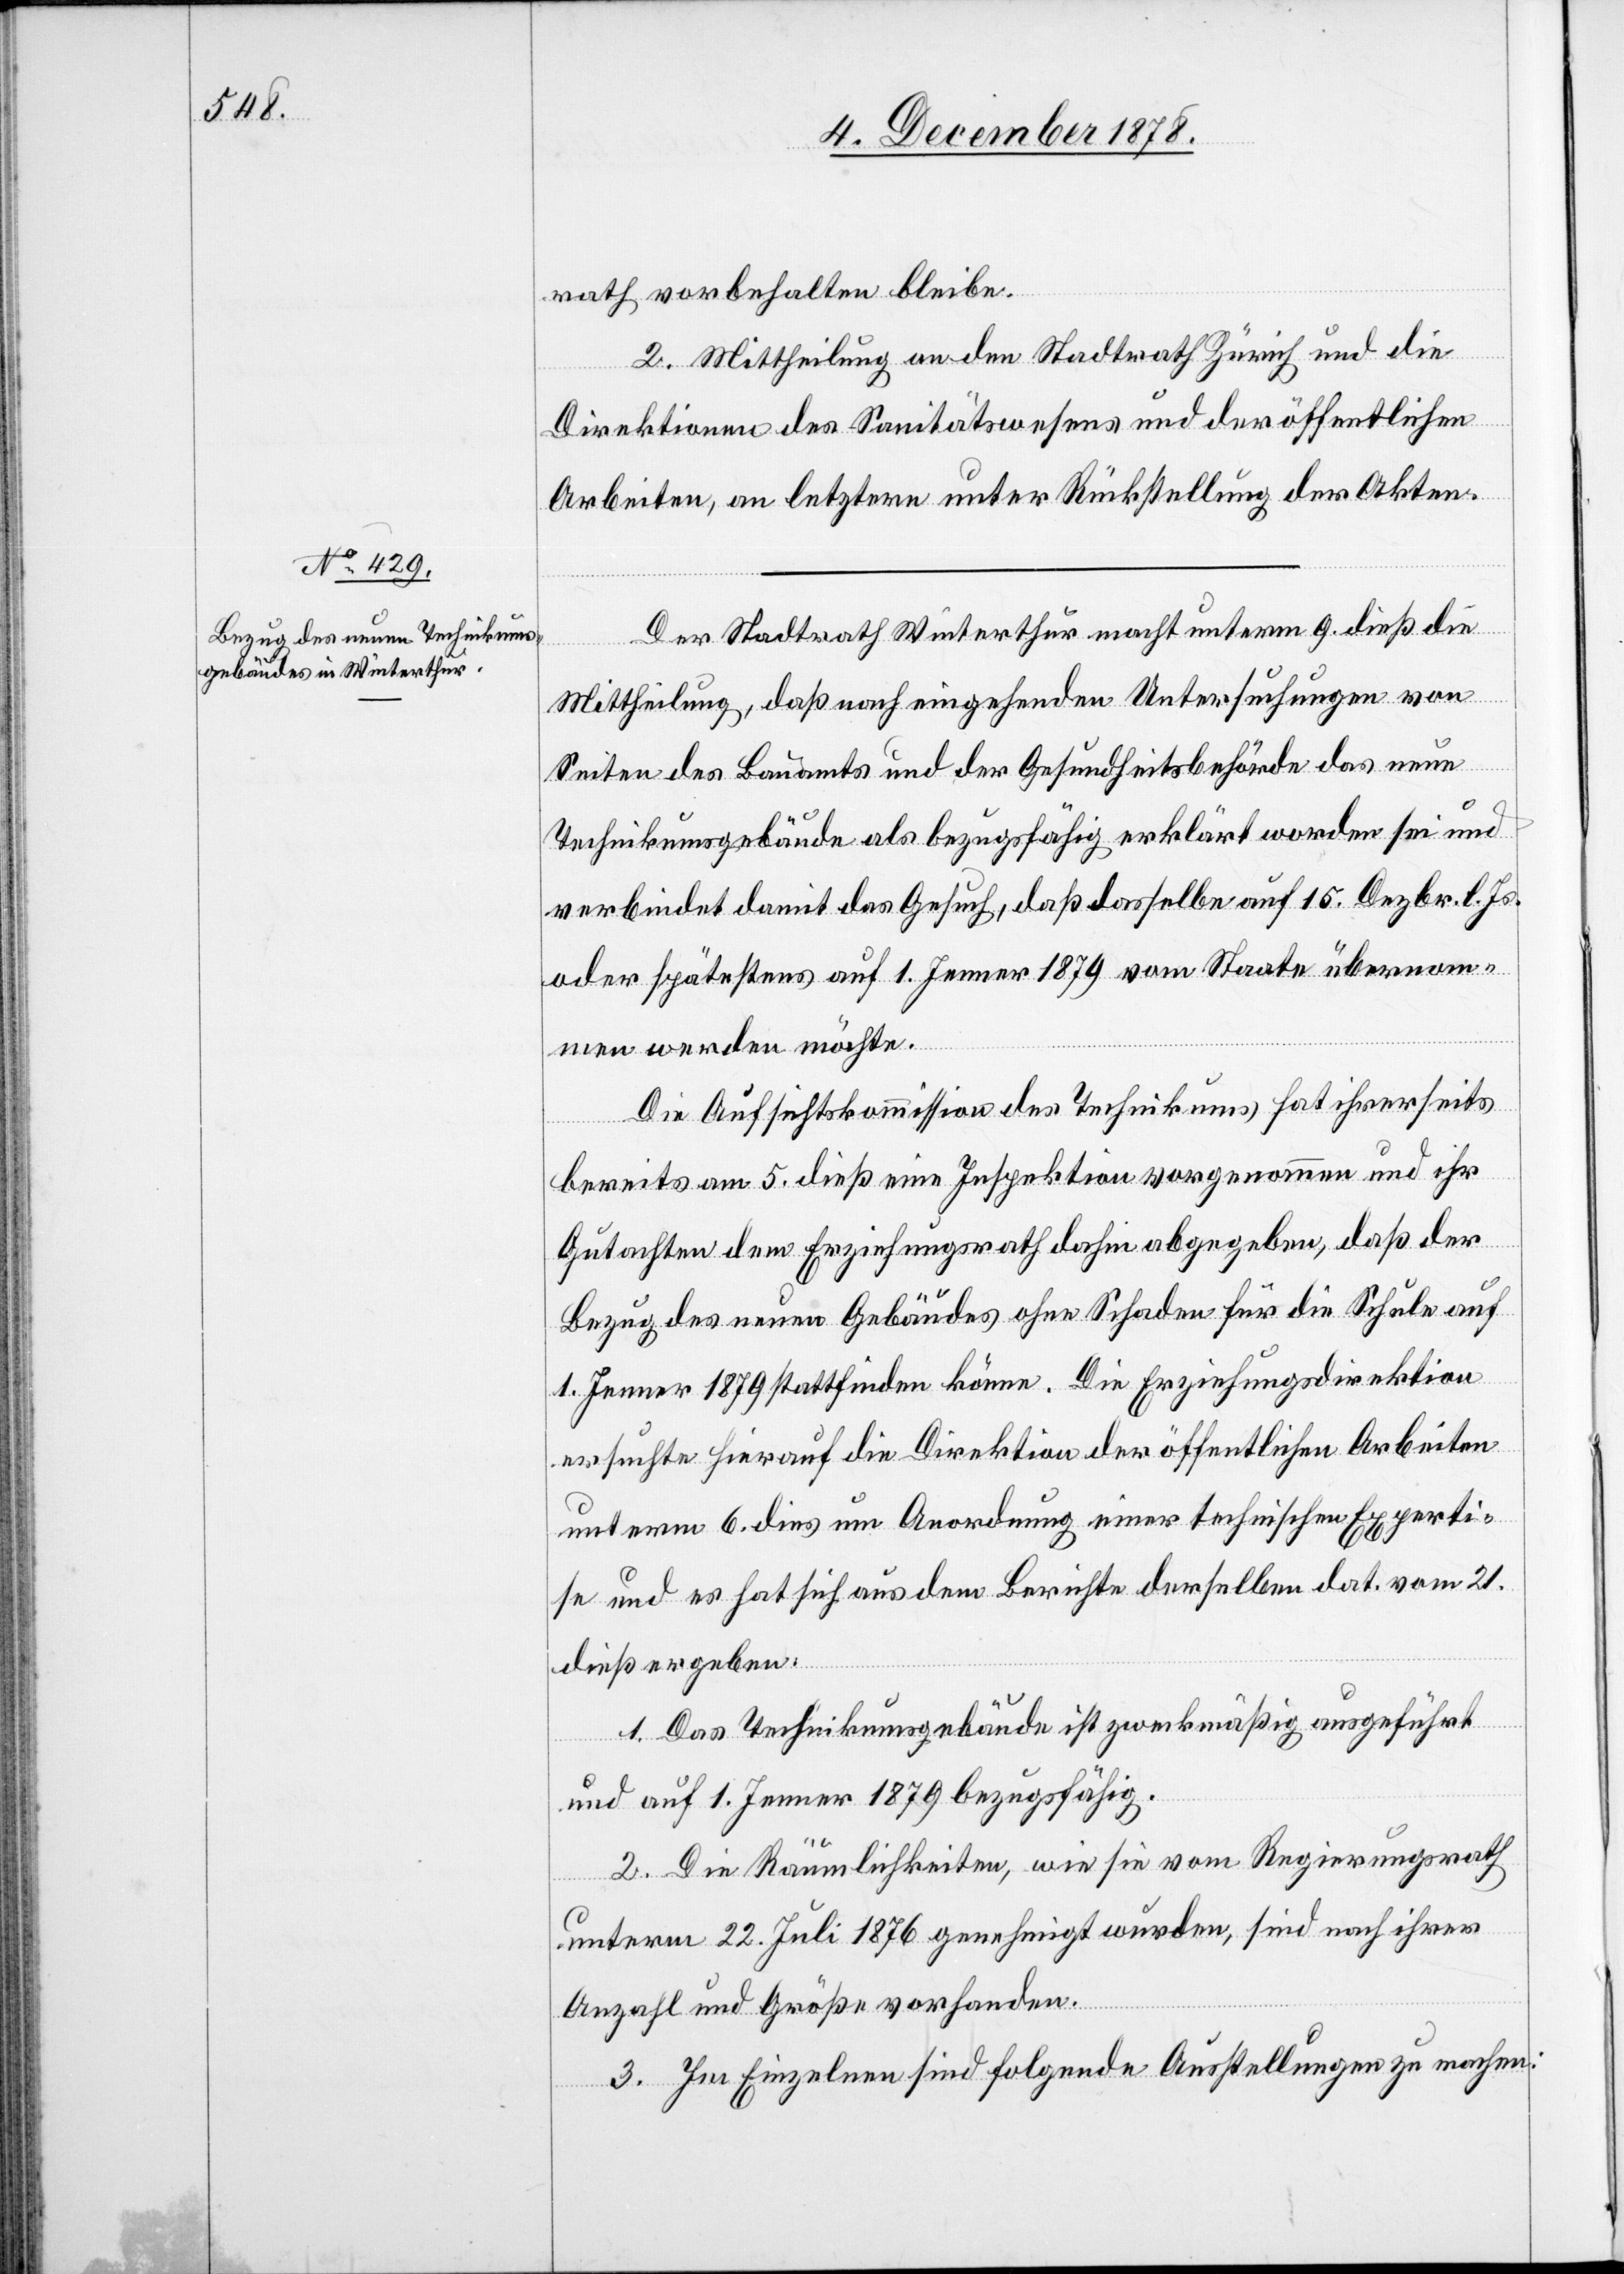
rath vorbehalten bleibe.
2. Mittheilung an den Stadtrath Zürich und die
Direktionen des Sanitätswesens und der öffentlichen
Arbeiten, an letztere unter Rückstellung der Akten.
Der Stadtrath Winterthur macht unterm 9. dieß die
Mittheilung, daß nach eingehenden Untersuchungen von
Seiten des Bauamts und der Gesundheitsbehörde das neue
Technikumsgebäude als bezugsfähig erklärt worden sei und
verbindet damit das Gesuch, daß dasselbe auf 15. Dezbr. l. Js.
oder spätestens auf 1. Jenner 1879 vom Staate übernom¬
men werden möchte.
Die Aufsichtskommission des Technikums hat ihrerseits
bereits am 5. dieß eine Inspektion vorgenommen und ihr
Gutachten dem Erziehungsrath dahin abgegeben, daß der
Bezug des neuen Gebäudes ohne Schaden für die Schule auf
1. Jenner 1879 stattfinden könne. Die Erziehungsdirektion
ersuchte hierauf die Direktion der öffentlichen Arbeiten
unterm 6. dies um Anordnung einer technischen Experti¬
se und es hat sich aus dem Berichte derselben dat. vom 21.
dieß ergeben:
1. Das Technikumsgebäude ist zweckmäßig ausgeführt
und auf 1. Jenner 1879 bezugsfähig.
2. Die Räumlichkeiten, wie sie vom Regierungsrath
unterm 22. Juli 1876 genehmigt wurden, sind nach ihrer
Anzahl und Größe vorhanden.
3. Im Einzelnen sind folgende Ausstellungen zu machen: